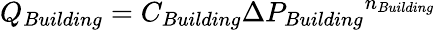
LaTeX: Q_{Building}=C_{Building}{{\Delta}P_{Building}}^{n_{Building}}\,